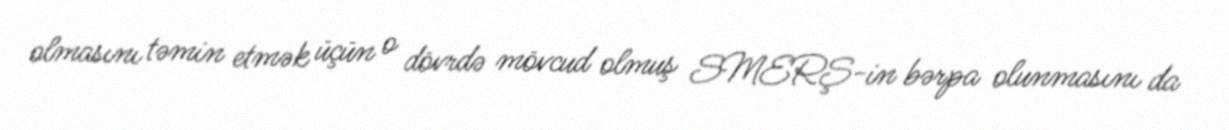
olmasını təmin etmək üçün o dövrdə mövcud olmuş SMERŞ-in bərpa olunmasını da